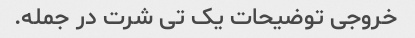
خروجی توضیحات یک تی شرت در جمله.